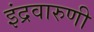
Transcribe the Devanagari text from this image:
इंद्रवारुणी